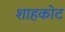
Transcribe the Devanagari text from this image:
शाहकोट